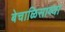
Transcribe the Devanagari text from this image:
बेचाळिसाव्या